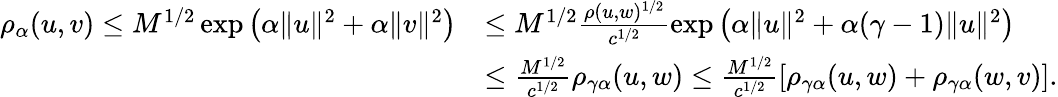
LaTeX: \begin{array}{rl}{\rho_{\alpha}(u,v)\leq M^{1/2}\exp\left(\alpha\| u\| ^{2}+\alpha\| v\| ^{2}\right)}&{\leq M^{1/2}\frac{\rho(u,w)^{1/2}}{c^{1/2}}\exp\left(\alpha\| u\| ^{2}+\alpha(\gamma-1)\| u\| ^{2}\right)}\\ &{\leq\frac{M^{1/2}}{c^{1/2}}\rho_{\gamma\alpha}(u,w)\leq\frac{M^{1/2}}{c^{1/2}}\left[\rho_{\gamma\alpha}(u,w)+\rho_{\gamma\alpha}(w,v)\right].}\end{array}